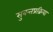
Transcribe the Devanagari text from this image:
सुबन्तप्रक्रिया